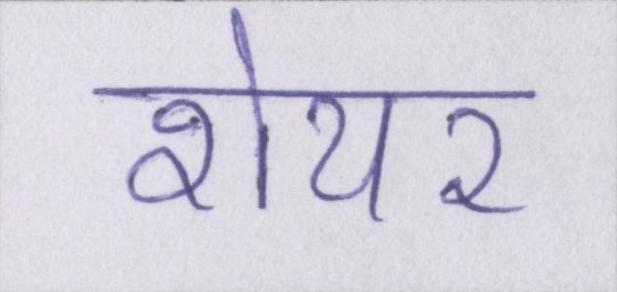
शेयर